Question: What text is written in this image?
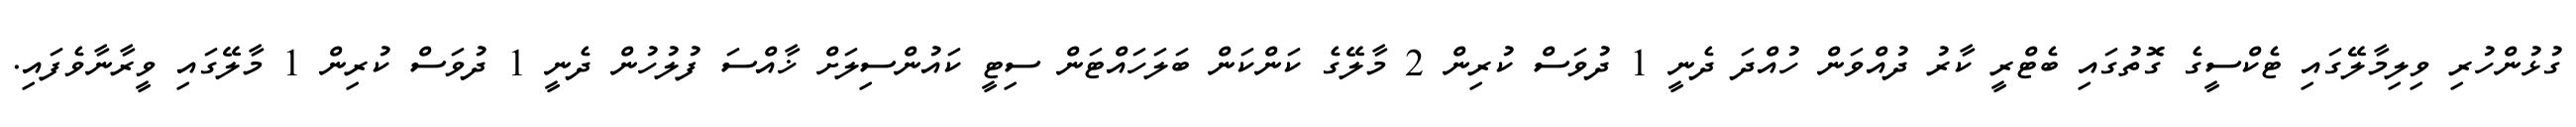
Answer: ގުޅުންހުރި ވިލިމާލޭގައި ޓެކްސީގެ ގޮތުގައި ބެޓްރީ ކާރު ދުއްވަން ހުއްދަ ދެނީ 1 ދުވަސް ކުރިން 2 މާލޭގެ ކަންކަން ބަލަހައްޓަން ސިޓީ ކައުންސިލަށް ޚާއްސަ ފުލުހުން ދެނީ 1 ދުވަސް ކުރިން 1 މާލޭގައި ވީރާނާވެފައި.